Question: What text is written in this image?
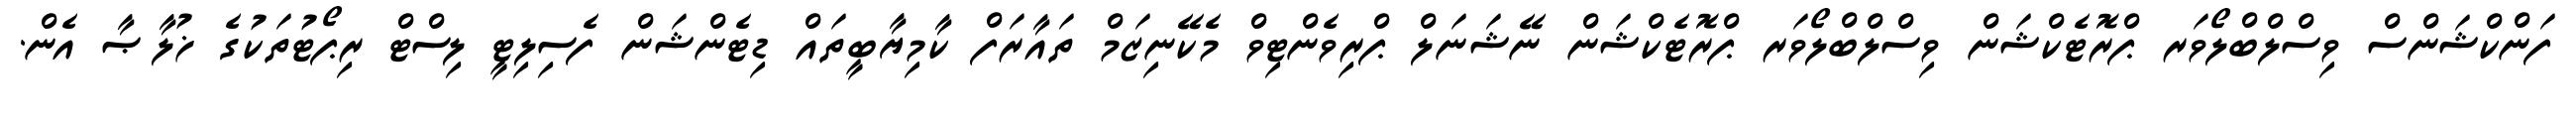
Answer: ފަންކްޝަންސް ވިސްލްބްލޯވަރ ޕްރޮޓެކްޝަން ވިސްލްބްލޯވަރ ޕްރޮޓެކްޝަން ނޭޝަނަލް ޕްރިވެންޓިވް މެކޭނިޒަމް ތައާރަފް ކާމިޔާބީތައް ޑިޓެންޝަން ފެސިލިޓީ ލިސްޓް ރިޕޯޓުތަކުގެ ޚުލާޞާ އެން.